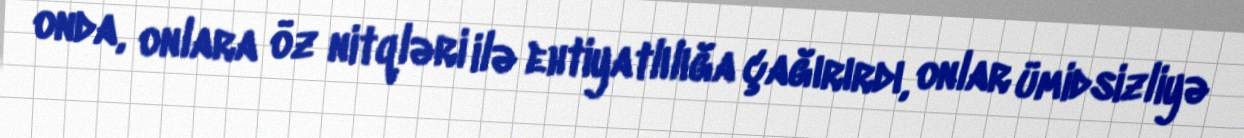
onda, onlara öz nitqləri ilə ehtiyatlılığa çağırırdı, onlar ümidsizliyə